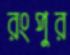
রংপুর